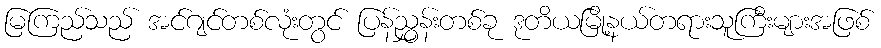
မြကြည်သည် အင်ဂျင်တစ်လုံးတွင် ပြန်ညွှန်းတစ်ခု ဒုတိယမြို့နယ်တရားသူကြီးများအဖြစ်